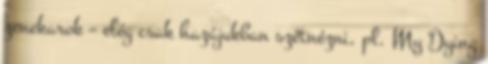
zenekarok – elég csak hazájukban szétnézni, pl. My Dying